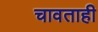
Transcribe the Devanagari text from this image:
चावताही